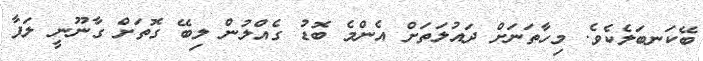
ބޭކަނބަލެކެވެ. މިހާތަނަށް ދައުލަތަށް އެންމެ ބޮޑު ގެއްލުން ލިބޭ ގޮތަށް ގާނޫނީ ލަފާ